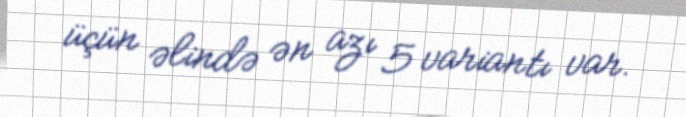
üçün əlində ən azı 5 variantı var.